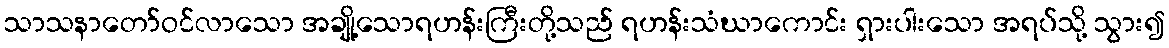
သာသနာတော်ဝင်လာသော အချို့သောရဟန်းကြီးတို့သည် ရဟန်းသံဃာကောင်း ရှားပါးသော အရပ်သို့ သွား၍